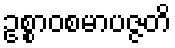
ဥစ္စာဝစမာပဇ္ဇတိ